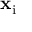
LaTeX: \mathbf { x } _ { \mathrm { i } }